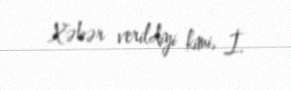
Xəbər verildiyi kimi, İ.